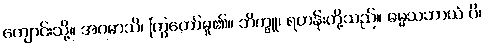
ကျောင်းသို့။ အဂမာသိ၊ ကြွတော်မူ၏။ ဘိက္ခူ၊ ရဟန်းတို့သည်။ ဓမ္မသဘာယံ ပိ၊